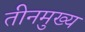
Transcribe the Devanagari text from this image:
तीनमुख्य